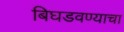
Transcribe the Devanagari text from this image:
बिघडवण्याचा